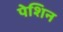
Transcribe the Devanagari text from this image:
पेशिन